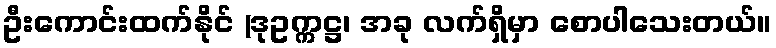
ဦးကောင်းထက်နိုင် (ဒုဥက္ကဋ္ဌ၊ အခု လက်ရှိမှာ စောပါသေးတယ်။